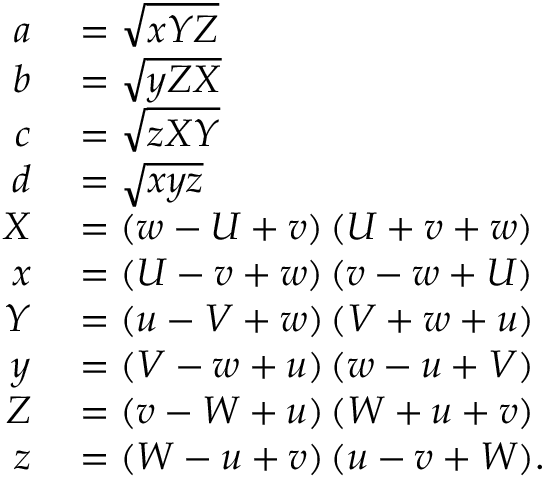
\begin{array} { r l } { a } & { { } = { \sqrt { x Y Z } } } \\ { b } & { { } = { \sqrt { y Z X } } } \\ { c } & { { } = { \sqrt { z X Y } } } \\ { d } & { { } = { \sqrt { x y z } } } \\ { X } & { { } = ( w - U + v ) \, ( U + v + w ) } \\ { x } & { { } = ( U - v + w ) \, ( v - w + U ) } \\ { Y } & { { } = ( u - V + w ) \, ( V + w + u ) } \\ { y } & { { } = ( V - w + u ) \, ( w - u + V ) } \\ { Z } & { { } = ( v - W + u ) \, ( W + u + v ) } \\ { z } & { { } = ( W - u + v ) \, ( u - v + W ) . } \end{array}